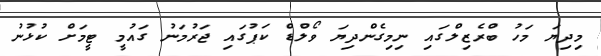
މިދިޔަ މަހު ބްރެޒިލްގައި ނިމިގެންދިޔަ ވޯލްޑް ކަޕުގައި ޖަރުމަނު ގައުމީ ޓީމަށް ކުޅުނު